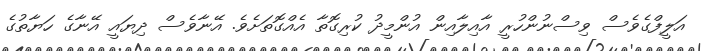
އަލީފްގެވެސް ވިސްނުންހުރީ އާއިލާއިން އުންމީދު ކުރިގޮތާ އެއްގޮތަށެވެ. އޭނާވެސް ދިޔައީ އޭނާގެ ހަޔާތުގެ